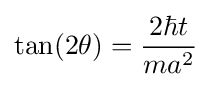
\tan(2\theta )={\frac {2\hbar t}{ma^{2}}}